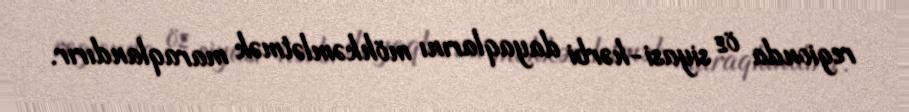
regionda öz siyasi-hərbi dayaqlarını möhkəmlətmək maraqlandırır.